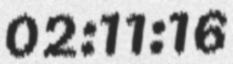
02:11:16